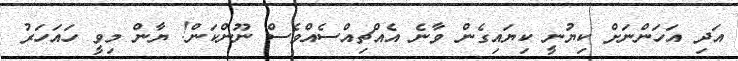
އަދި އަހަންނަށް ކިޔުނީ ކިޔައިގެން ވާނެ އެއްޗިއްސެއްވެސް ނޫންކަން! ޔާން މިވީ ހައަހަރު